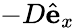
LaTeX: -D\hat{\mathbf{e}}_{x}